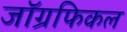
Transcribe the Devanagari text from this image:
जाॅग्रफिकल